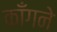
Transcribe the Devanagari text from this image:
काँगने